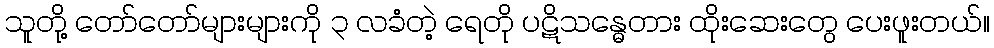
သူတို့ တော်တော်များများကို ၃ လခံတဲ့ ရေတို ပဋိသန္ဓေတား ထိုးဆေးတွေ ပေးဖူးတယ်။